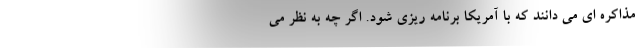
مذاکره ای می دانند که با آمریکا برنامه ریزی شود. اگر چه به نظر می